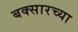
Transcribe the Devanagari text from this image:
बक्सारच्या